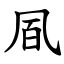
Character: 凮